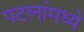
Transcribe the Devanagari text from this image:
पटलांमध्ये